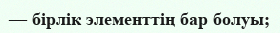
— бірлік элементтің бар болуы;